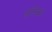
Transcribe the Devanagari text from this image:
पाचिका